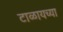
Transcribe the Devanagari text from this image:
टाळायच्या